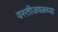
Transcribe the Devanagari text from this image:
वस्तीजवळच्या